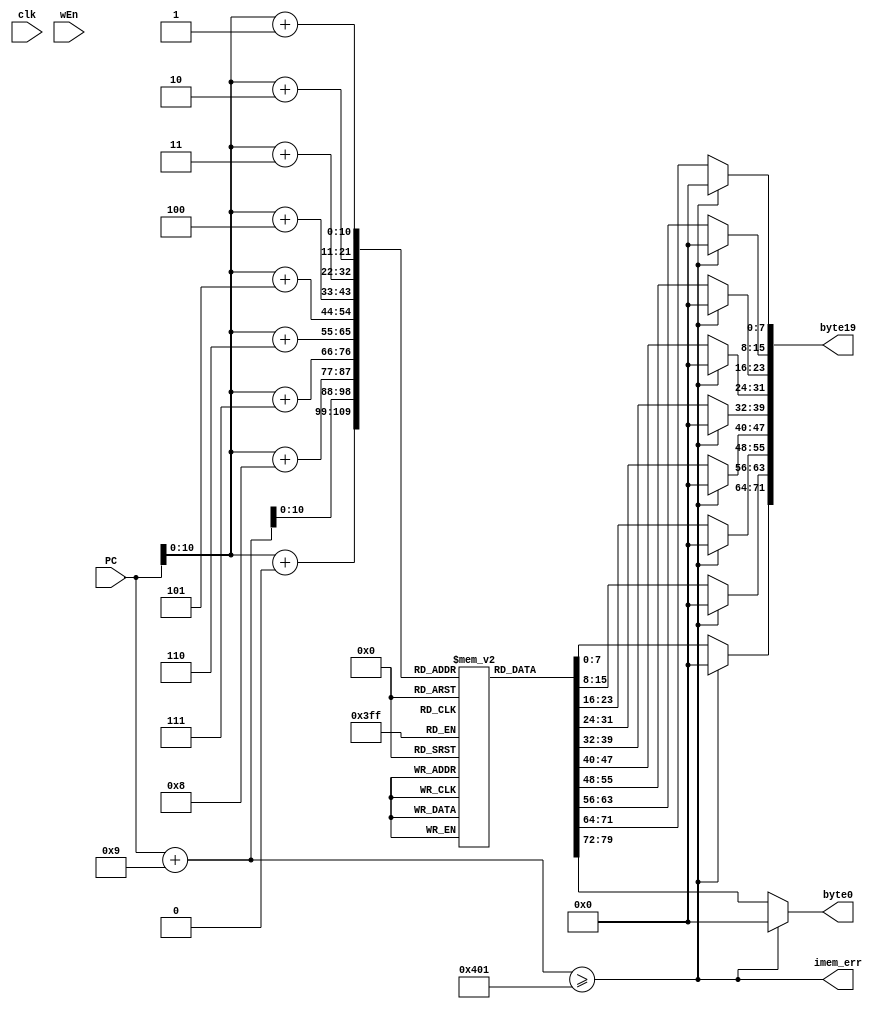
module instruction_memory(
    output reg [71:0]byte19,
    output reg [7:0]byte0,
    output reg imem_err,
    input clk, wEn,
    input [63:0]PC
    // input [7:0]val0, [7:0]val1, [7:0]val2, [7:0]val3, [7:0]val4,
    // input [7:0]val5, [7:0]val6, [7:0]val7, [7:0]val8, [7:0]val9
);

reg [7:0]inst_memory[1024:0];
initial begin
// // First instruction
// inst_memory[0][7:4]<=4'd3;
// inst_memory[0][3:0]<=4'd0;
// inst_memory[1][7:4]<=4'd15;
// inst_memory[1][3:0]<=4'd11;
// inst_memory[2][7:4]<=4'd0;
// inst_memory[2][3:0]<=4'd5;
// inst_memory[3][7:4]<=4'd0;
// inst_memory[3][3:0]<=4'd0;
// inst_memory[4][7:4]<=4'd0;
// inst_memory[4][3:0]<=4'd0;
// inst_memory[5][7:4]<=4'd0;
// inst_memory[5][3:0]<=4'd0;
// inst_memory[6][7:4]<=4'd0;
// inst_memory[6][3:0]<=4'd0;
// inst_memory[7][7:4]<=4'd0;
// inst_memory[7][3:0]<=4'd0;
// inst_memory[8][7:4]<=4'd0;
// inst_memory[8][3:0]<=4'd0;
// inst_memory[9][7:4]<=4'd0;
// inst_memory[9][3:0]<=4'd0;

// // Second instruction
// inst_memory[10+0][7:4]<=4'd3;
// inst_memory[10+0][3:0]<=4'd0;
// inst_memory[10+1][7:4]<=4'd15;
// inst_memory[10+1][3:0]<=4'd10;
// inst_memory[10+2][7:4]<=4'd0;
// inst_memory[10+2][3:0]<=4'd10;
// inst_memory[10+3][7:4]<=4'd0;
// inst_memory[10+3][3:0]<=4'd0;
// inst_memory[10+4][7:4]<=4'd0;
// inst_memory[10+4][3:0]<=4'd0;
// inst_memory[10+5][7:4]<=4'd0;
// inst_memory[10+5][3:0]<=4'd0;
// inst_memory[10+6][7:4]<=4'd0;
// inst_memory[10+6][3:0]<=4'd0;
// inst_memory[10+7][7:4]<=4'd0;
// inst_memory[10+7][3:0]<=4'd0;
// inst_memory[10+8][7:4]<=4'd0;
// inst_memory[10+8][3:0]<=4'd0;
// inst_memory[10+9][7:4]<=4'd0;
// inst_memory[10+9][3:0]<=4'd0;

// //3rd instruction

// inst_memory[20+0][7:4]<=4'd6;
// inst_memory[20+0][3:0]<=4'd0;
// inst_memory[20+1][7:4]<=4'd11;
// inst_memory[20+1][3:0]<=4'd10;

// //3.5
// inst_memory[22+0][7:4]<=4'd3;
// inst_memory[22+0][3:0]<=4'd0;
// inst_memory[22+1][7:4]<=4'd15;
// inst_memory[22+1][3:0]<=4'd6;
// // inst_memory[22+2][7:4]<=4'd0;
// inst_memory[22+2][7:0]<=8'b11110111;
// // inst_memory[22+3][7:4]<=4'd0;
// inst_memory[22+3][7:0]<=8'b11111111;
// inst_memory[22+4][7:4]<=4'd0;
// inst_memory[22+4][3:0]<=4'd0;
// inst_memory[22+5][7:4]<=4'd0;
// inst_memory[22+5][3:0]<=4'd0;
// inst_memory[22+6][7:4]<=4'd0;
// inst_memory[22+6][3:0]<=4'd0;
// inst_memory[22+7][7:4]<=4'd0;
// inst_memory[22+7][3:0]<=4'd0;
// inst_memory[22+8][7:4]<=4'd0;
// inst_memory[22+8][3:0]<=4'd0;
// inst_memory[22+9][7:4]<=4'd0;
// inst_memory[22+9][3:0]<=4'd0;

// //4th instruction
// inst_memory[32+0][7:4]<=4'd4;
// inst_memory[32+0][3:0]<=4'd0;
// inst_memory[32+1][7:4]<=4'd10;
// inst_memory[32+1][3:0]<=4'd6;
// inst_memory[32+2][7:4]<=4'd0;
// inst_memory[32+2][3:0]<=4'd0;
// inst_memory[32+3][7:4]<=4'd0;
// inst_memory[32+3][3:0]<=4'd0;
// inst_memory[32+4][7:4]<=4'd0;
// inst_memory[32+4][3:0]<=4'd0;
// inst_memory[32+5][7:4]<=4'd0;
// inst_memory[32+5][3:0]<=4'd0;
// inst_memory[32+6][7:4]<=4'd0;
// inst_memory[32+6][3:0]<=4'd0;
// inst_memory[32+7][7:4]<=4'd0;
// inst_memory[32+7][3:0]<=4'd0;
// inst_memory[32+8][7:4]<=4'd0;
// inst_memory[32+8][3:0]<=4'd0;
// inst_memory[32+9][7:4]<=4'd0;
// inst_memory[32+9][3:0]<=4'd0;

// //5th instruction
// inst_memory[42+0][7:4]<=4'd0;
// inst_memory[42+0][3:0]<=4'd0;
// end

// First instruction
// First instruction///////////////////////////////////////////////////////////////////////////////////
//irmovq 3 0 F 4 14  //irmovq 3 0 F rB V
// inst_memory[0][7:4]<=4'd3;
// inst_memory[0][3:0]<=4'd0;
// inst_memory[1][7:4]<=4'd15;
// inst_memory[1][3:0]<=4'd4;
// inst_memory[2][7:4]<=4'd0;
// inst_memory[2][3:0]<=4'd14;
// inst_memory[3][7:4]<=4'd0;
// inst_memory[3][3:0]<=4'd0;
// inst_memory[4][7:4]<=4'd0;
// inst_memory[4][3:0]<=4'd0;
// inst_memory[5][7:4]<=4'd0;
// inst_memory[5][3:0]<=4'd0;
// inst_memory[6][7:4]<=4'd0;
// inst_memory[6][3:0]<=4'd0;
// inst_memory[7][7:4]<=4'd0;
// inst_memory[7][3:0]<=4'd0;
// inst_memory[8][7:4]<=4'd0;
// inst_memory[8][3:0]<=4'd0;
// inst_memory[9][7:4]<=4'd0;
// inst_memory[9][3:0]<=4'd0;

// //Second instruction
// //irmovq 3 0 F 8 6  //irmovq 3 0 F rB V
// inst_memory[10+0][7:4]<=4'd3;
// inst_memory[10+0][3:0]<=4'd0;
// inst_memory[10+1][7:4]<=4'd15;
// inst_memory[10+1][3:0]<=4'd8;
// inst_memory[10+2][7:4]<=4'd0;
// inst_memory[10+2][3:0]<=4'd6;
// inst_memory[10+3][7:4]<=4'd0;
// inst_memory[10+3][3:0]<=4'd0;
// inst_memory[10+4][7:4]<=4'd0;
// inst_memory[10+4][3:0]<=4'd0;
// inst_memory[10+5][7:4]<=4'd0;
// inst_memory[10+5][3:0]<=4'd0;
// inst_memory[10+6][7:4]<=4'd0;
// inst_memory[10+6][3:0]<=4'd0;
// inst_memory[10+7][7:4]<=4'd0;
// inst_memory[10+7][3:0]<=4'd0;
// inst_memory[10+8][7:4]<=4'd0;
// inst_memory[10+8][3:0]<=4'd0;
// inst_memory[10+9][7:4]<=4'd0;
// inst_memory[10+9][3:0]<=4'd0;

// //Third instruction
// //opq 6 1 4 8
// inst_memory[20+0][7:4]<=4'd6;
// inst_memory[20+0][3:0]<=4'd1;
// inst_memory[20+1][7:4]<=4'd4;
// inst_memory[20+1][3:0]<=4'd8;

// //Fourth instrucion
// //cmovXX 2 5 4 8
// inst_memory[22+0][7:4]<=4'd2;
// inst_memory[22+0][3:0]<=4'd2;
// inst_memory[22+1][7:4]<=4'd4;
// inst_memory[22+1][3:0]<=4'd8;

// //Fifth instruction
// //opq 6 0 4 8
// inst_memory[24+0][7:4]<=4'd6;
// inst_memory[24+0][3:0]<=4'd0;
// inst_memory[24+1][7:4]<=4'd4;
// inst_memory[24+1][3:0]<=4'd8;

// //Sixth instruction
// //jmp 7 5 38
// inst_memory[26+0][7:4]<=4'd7;
// inst_memory[26+0][3:0]<=4'd5;
// inst_memory[26+1][7:4]<=4'd2;
// inst_memory[26+1][3:0]<=4'd6;
// inst_memory[26+2][7:4]<=4'd0;
// inst_memory[26+2][3:0]<=4'd0;
// inst_memory[26+3][7:4]<=4'd0;
// inst_memory[26+3][3:0]<=4'd0;
// inst_memory[26+4][7:4]<=4'd0;
// inst_memory[26+4][3:0]<=4'd0;
// inst_memory[26+5][7:4]<=4'd0;
// inst_memory[26+5][3:0]<=4'd0;
// inst_memory[26+6][7:4]<=4'd0;
// inst_memory[26+6][3:0]<=4'd0;
// inst_memory[26+7][7:4]<=4'd0;
// inst_memory[26+7][3:0]<=4'd0;
// inst_memory[26+8][7:4]<=4'd0;
// inst_memory[26+8][3:0]<=4'd0;

// //Sixth instrcution
// //opq 6 0 4 8
// inst_memory[38+0][7:4]<=4'd6;
// inst_memory[38+0][3:0]<=4'd0;
// inst_memory[38+1][7:4]<=4'd4;
// inst_memory[38+1][3:0]<=4'd8;

// //Seventh instrcution
// //halt 0 0
// inst_memory[40+0][7:4]<=4'd0;
// inst_memory[40+0][3:0]<=4'd0;
//////////////////////////////////////////////////////////
// First instruction
//irmovq 3 0 F 11 5  //irmovq 3 0 F rB V
inst_memory[0][7:4]<=4'd3;
inst_memory[0][3:0]<=4'd0;
inst_memory[1][7:4]<=4'd15;
inst_memory[1][3:0]<=4'd11;
inst_memory[2][7:4]<=4'd0;
inst_memory[2][3:0]<=4'd5;
inst_memory[3][7:4]<=4'd0;
inst_memory[3][3:0]<=4'd0;
inst_memory[4][7:4]<=4'd0;
inst_memory[4][3:0]<=4'd0;
inst_memory[5][7:4]<=4'd0;
inst_memory[5][3:0]<=4'd0;
inst_memory[6][7:4]<=4'd0;
inst_memory[6][3:0]<=4'd0;
inst_memory[7][7:4]<=4'd0;
inst_memory[7][3:0]<=4'd0;
inst_memory[8][7:4]<=4'd0;
inst_memory[8][3:0]<=4'd0;
inst_memory[9][7:4]<=4'd0;
inst_memory[9][3:0]<=4'd0;

// Second instruction
//irmovq 3 0 15 10 10 //irmovq 3 0 F rB V
inst_memory[10+0][7:4]<=4'd3;
inst_memory[10+0][3:0]<=4'd0;
inst_memory[10+1][7:4]<=4'd15;
inst_memory[10+1][3:0]<=4'd10;
inst_memory[10+2][7:4]<=4'd0;
inst_memory[10+2][3:0]<=4'd10;
inst_memory[10+3][7:4]<=4'd0;
inst_memory[10+3][3:0]<=4'd0;
inst_memory[10+4][7:4]<=4'd0;
inst_memory[10+4][3:0]<=4'd0;
inst_memory[10+5][7:4]<=4'd0;
inst_memory[10+5][3:0]<=4'd0;
inst_memory[10+6][7:4]<=4'd0;
inst_memory[10+6][3:0]<=4'd0;
inst_memory[10+7][7:4]<=4'd0;
inst_memory[10+7][3:0]<=4'd0;
inst_memory[10+8][7:4]<=4'd0;
inst_memory[10+8][3:0]<=4'd0;
inst_memory[10+9][7:4]<=4'd0;
inst_memory[10+9][3:0]<=4'd0;

//3rd instruction
//opq  6 0 11 10 //opq 6 0 rA rB  0 meaning add
inst_memory[20+0][7:4]<=4'd6;
inst_memory[20+0][3:0]<=4'd0;
inst_memory[20+1][7:4]<=4'd11;
inst_memory[20+1][3:0]<=4'd10;

//3.5
//irmovq 3 0 15 6 5 //irmovq 3 0 F rB V
inst_memory[22+0][7:4]<=4'd3;
inst_memory[22+0][3:0]<=4'd0;
inst_memory[22+1][7:4]<=4'd15;
inst_memory[22+1][3:0]<=4'd6;
// inst_memory[22+2][7:4]<=4'd0;
inst_memory[22+2][7:0]<=8'd5;
// inst_memory[22+3][7:4]<=4'd0;
inst_memory[22+3][7:0]<=8'd0;
inst_memory[22+4][7:4]<=4'd0;
inst_memory[22+4][3:0]<=4'd0;
inst_memory[22+5][7:4]<=4'd0;
inst_memory[22+5][3:0]<=4'd0;
inst_memory[22+6][7:4]<=4'd0;
inst_memory[22+6][3:0]<=4'd0;
inst_memory[22+7][7:4]<=4'd0;
inst_memory[22+7][3:0]<=4'd0;
inst_memory[22+8][7:4]<=4'd0;
inst_memory[22+8][3:0]<=4'd0;
inst_memory[22+9][7:4]<=4'd0;
inst_memory[22+9][3:0]<=4'd0;

//4th instruction
//rmmovq 4 0 10 6 0 //rmmovq 4 0 rA rB D 
inst_memory[32+0][7:4]<=4'd4;
inst_memory[32+0][3:0]<=4'd0;
inst_memory[32+1][7:4]<=4'd10;
inst_memory[32+1][3:0]<=4'd6;
inst_memory[32+2][7:4]<=4'd0;
inst_memory[32+2][3:0]<=4'd0;
inst_memory[32+3][7:4]<=4'd0;
inst_memory[32+3][3:0]<=4'd0;
inst_memory[32+4][7:4]<=4'd0;
inst_memory[32+4][3:0]<=4'd0;
inst_memory[32+5][7:4]<=4'd0;
inst_memory[32+5][3:0]<=4'd0;
inst_memory[32+6][7:4]<=4'd0;
inst_memory[32+6][3:0]<=4'd0;
inst_memory[32+7][7:4]<=4'd0;
inst_memory[32+7][3:0]<=4'd0;
inst_memory[32+8][7:4]<=4'd0;
inst_memory[32+8][3:0]<=4'd0;
inst_memory[32+9][7:4]<=4'd0;
inst_memory[32+9][3:0]<=4'd0;

//5th instruction
//mrmovq 5 0 8 6 0 //mrmovq 5 0 rA rB D 
inst_memory[42+0][7:4]<=4'd5;
inst_memory[42+0][3:0]<=4'd0;
inst_memory[42+1][7:4]<=4'd8;
inst_memory[42+1][3:0]<=4'd6;
inst_memory[42+2][7:4]<=4'd0;
inst_memory[42+2][3:0]<=4'd0;
inst_memory[42+3][7:4]<=4'd0;
inst_memory[42+3][3:0]<=4'd0;
inst_memory[42+4][7:4]<=4'd0;
inst_memory[42+4][3:0]<=4'd0;
inst_memory[42+5][7:4]<=4'd0;
inst_memory[42+5][3:0]<=4'd0;
inst_memory[42+6][7:4]<=4'd0;
inst_memory[42+6][3:0]<=4'd0;
inst_memory[42+7][7:4]<=4'd0;
inst_memory[42+7][3:0]<=4'd0;
inst_memory[42+8][7:4]<=4'd0;
inst_memory[42+8][3:0]<=4'd0;
inst_memory[42+9][7:4]<=4'd0;
inst_memory[42+9][3:0]<=4'd0;

//6rd instruction
//opq  6 0 8 10 //opq 6 0 rA rB  0 meaning add
inst_memory[52+0][7:4]<=4'd6;
inst_memory[52+0][3:0]<=4'd0;
inst_memory[52+1][7:4]<=4'd8;
inst_memory[52+1][3:0]<=4'd10;

//7th instruction
//halt 0 0
inst_memory[54+0][7:4]<=4'd0;
inst_memory[54+0][3:0]<=4'd0;
end



always @(*)
begin
    imem_err<=(PC+9>=1025);
end
always @(*)
begin
    //     if(wEn)
    // begin
    //     inst_memory[PC+0]<=val0;
    //     inst_memory[PC+1]<=val1;
    //     inst_memory[PC+2]<=val2;
    //     inst_memory[PC+3]<=val3;
    //     inst_memory[PC+4]<=val4;
    //     inst_memory[PC+5]<=val5;
    //     inst_memory[PC+6]<=val6;
    //     inst_memory[PC+7]<=val7;
    //     inst_memory[PC+8]<=val8;
    //     inst_memory[PC+9]<=val9; 
    // end    
    

      if(~imem_err)
        begin
            byte0[7:0]<=inst_memory[PC+0];
            byte19[7:0]<=inst_memory[PC+9];
            byte19[15:8]<=inst_memory[PC+8];
            byte19[23:16]<=inst_memory[PC+7];
            byte19[31:24]<=inst_memory[PC+6];
            byte19[39:32]<=inst_memory[PC+5];
            byte19[47:40]<=inst_memory[PC+4];
            byte19[55:48]<=inst_memory[PC+3];
            byte19[63:56]<=inst_memory[PC+2];
            byte19[71:64]<=inst_memory[PC+1];
        end
       else
        begin
            byte0[7:0]<=8'b0;
            byte19[7:0]<=8'b0;
            byte19[15:8]<=8'b0;
            byte19[23:16]<=8'b0;
            byte19[31:24]<=8'b0;
            byte19[39:32]<=8'b0;
            byte19[47:40]<=8'b0;
            byte19[55:48]<=8'b0;
            byte19[63:56]<=8'b0;
            byte19[71:64]<=8'b0;
        end 

end
endmodule